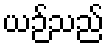
ယဉ်သည်